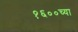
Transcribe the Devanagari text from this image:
१६००च्या